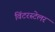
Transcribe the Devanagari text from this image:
विंटरस्टेलर